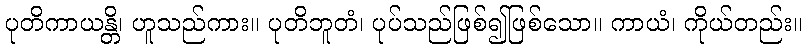
ပုတိကာယန္တိ၊ ဟူသည်ကား။ ပုတိဘူတံ၊ ပုပ်သည်ဖြစ်၍ဖြစ်သော။ ကာယံ၊ ကိုယ်တည်း။